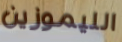
الليموزين